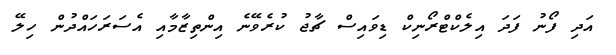
އަދި ފޯނު ފަދަ އިލެކްޓްރޯނިކް ޑިވައިސް ޗާޖު ކުރެވޭނެ އިންތިޒާމާއި އެސަރަހައްދުން ހިލޭ